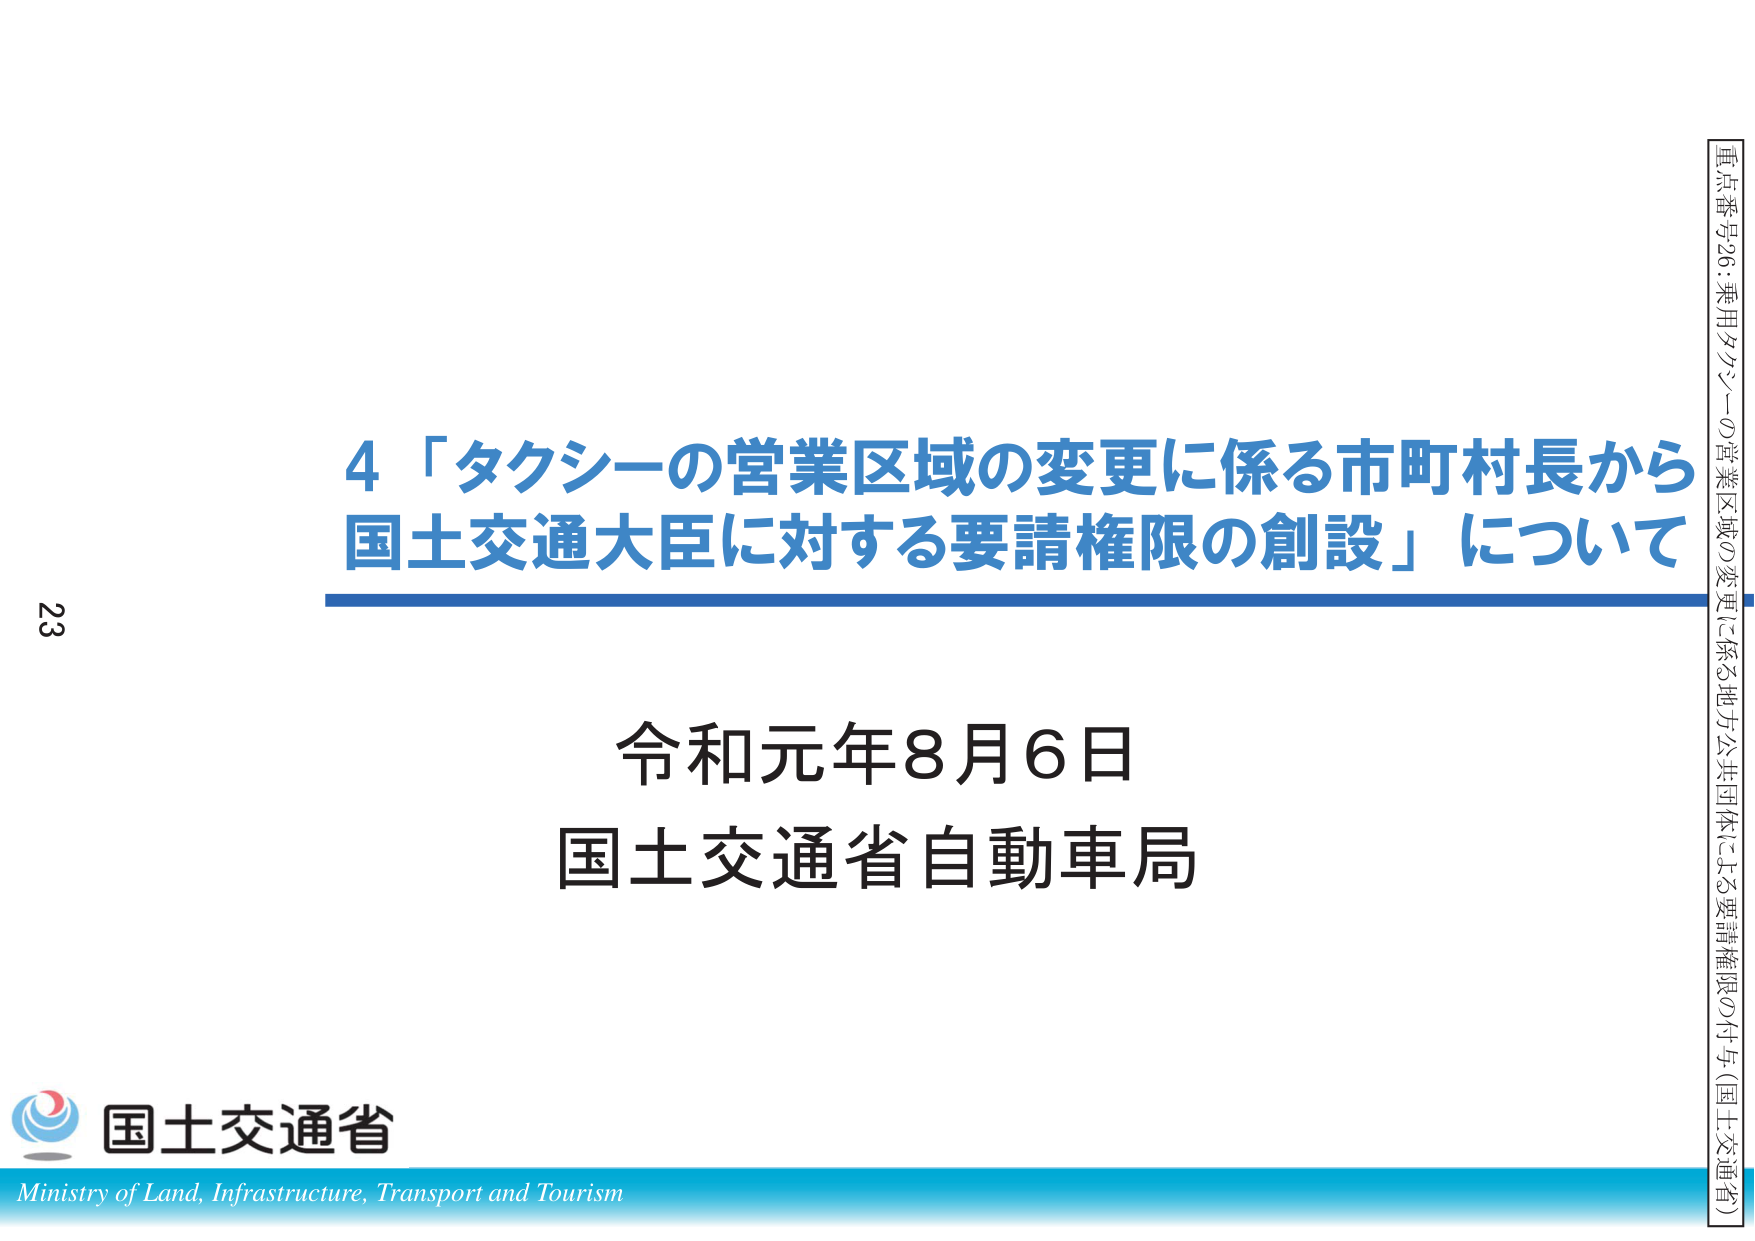
4「タクシーの営業区域の変更に係る市町村長から
国土交通大臣に対する要請権限の創設」について

令和元年8月6日
国土交通省自動車局

重点番号26：乗用タクシーの営業区域の変更に係る地方公共団体による要請権限の付与（国土交通省）

23

国土交通省
Ministry of Land, Infrastructure, Transport and Tourism